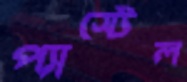
প্যাস্টেল